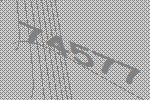
74577